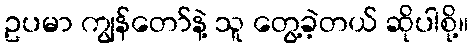
ဥပမာ ကျွန်တော်နဲ့ သူ တွေ့ခဲ့တယ် ဆိုပါစို့။